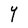
Character: Y